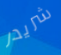
شريدر